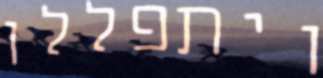
ויתפללו